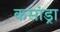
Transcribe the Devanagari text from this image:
कसांड्रा